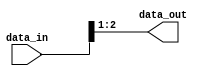
`timescale 1ns / 1ps


module RV_bits_remove#(

    parameter N    = 3,
    parameter S    = 1,
    parameter POS  = 0

)(

    input  wire [N-1 : 0]   data_in,
    output wire [N-S-1 : 0] data_out

);

    if (POS == 0) 
    begin
        assign data_out = data_in[N-1:S];
    end else if (POS == N) 
    begin
        assign data_out = data_in[N-S-1:0];
    end else 
    begin
        assign data_out = {data_in[N-1:(POS+S)], data_in[POS-1:0]};
    end  

endmodule